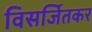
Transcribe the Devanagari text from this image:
विसर्जितकर